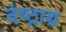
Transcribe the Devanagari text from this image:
दंष्ट्राग्र